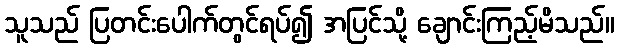
သူသည် ပြတင်းပေါက်တွင်ရပ်၍ အပြင်သို့ ချောင်းကြည့်မိသည်။